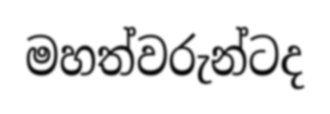
මහත්වරුන්ටද